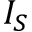
I _ { S }